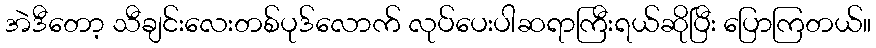
အဲဒီတော့ သီချင်းလေးတစ်ပုဒ်လောက် လုပ်ပေးပါဆရာကြီးရယ်ဆိုပြီး ပြောကြတယ်။